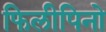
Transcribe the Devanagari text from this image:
फिलीपिनो